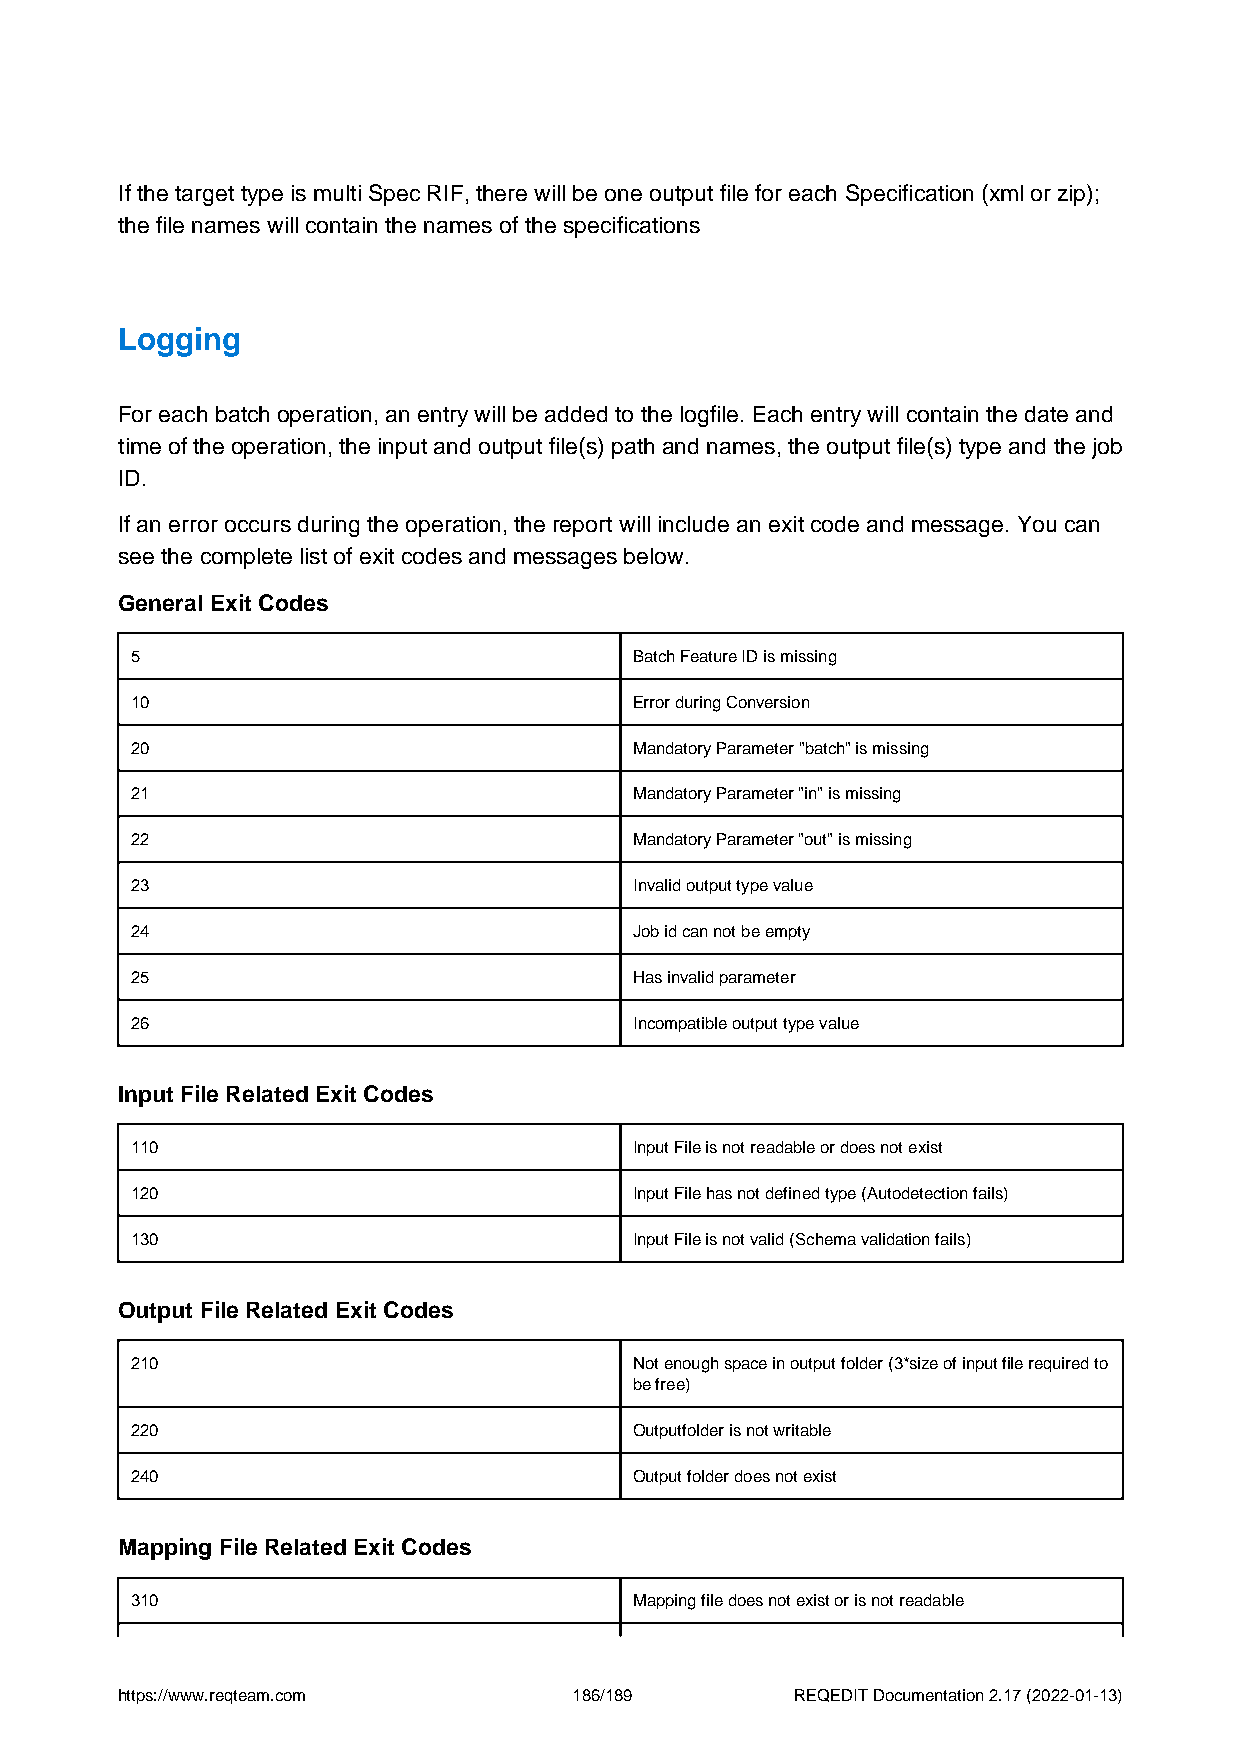
If the target type is multi Spec RIF, there will be one output file for each Specification (xml or zip);
 the file names will contain the names of the specifications
 Logging
 For each batch operation, an entry will be added to the logfile. Each entry will contain the date and
 time of the operation, the input and output file(s) path and names, the output file(s) type and the job
 ID.
 If an error occurs during the operation, the report will include an exit code and message. You can
 see the complete list of exit codes and messages below.
 General Exit Codes
 5                                Batch Feature ID is missing
 10                               Error during Conversion
 20                               Mandatory Parameter "batch" is missing
 21                               Mandatory Parameter "in" is missing
 22                               Mandatory Parameter "out" is missing
 23                               Invalid output type value
 24                               Job id can not be empty
 25                               Has invalid parameter
 26                               Incompatible output type value
 Input File Related Exit Codes
 110                              Input File is not readable or does not exist
 120                              Input File has not defined type (Autodetection fails)
 130                              Input File is not valid (Schema validation fails)
 Output File Related Exit Codes
 210                              Not enough space in output folder (3*size of input file required to
 be free)
 220                              Outputfolder is not writable
 240                              Output folder does not exist
 Mapping File Related Exit Codes
 310                              Mapping file does not exist or is not readable
 https://www.reqteam.com       186/189        REQEDIT Documentation 2.17 (2022-01-13)